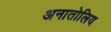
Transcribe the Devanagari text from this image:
अनातोलिय